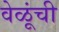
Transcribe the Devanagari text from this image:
वेळूंची